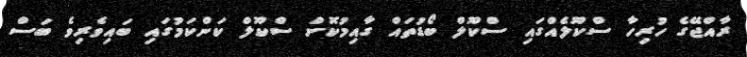
ރާއްޖޭގެ ހުރިހާ ސްކޫލެއްގައި ސްކޫލް ބޯޑުތައް ގާއިމުކޮށް ސްކޫލް ކަންކަމުގައި ބައިވެރިވެ ބަސް